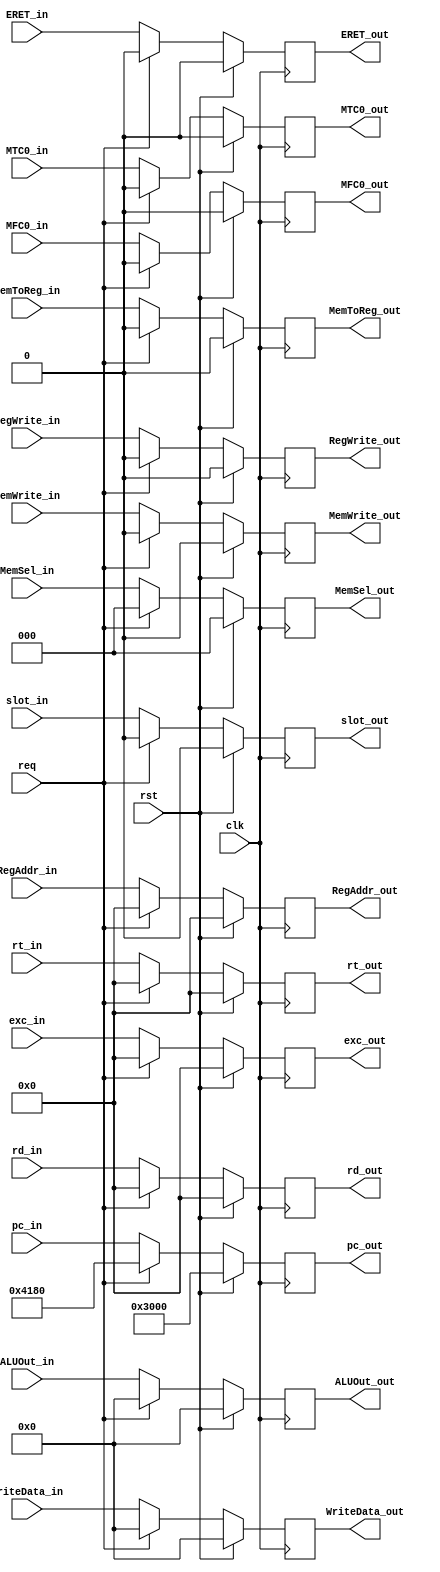
`timescale 1ns / 1ps

module StageM(
    input clk,
    input rst, // ! Sync reset
    input req,
    input RegWrite_in,
    input MemWrite_in,
    input MemToReg_in,
    input [31:0] ALUOut_in,
    input [31:0] WriteData_in,
    input [4:0] RegAddr_in,
    input [31:0] pc_in,
    input [4:0] rt_in,
    input [4:0] rd_in,
    input [2:0] MemSel_in,
    output reg [4:0] rt_out,
    output reg [4:0] rd_out,
    output reg RegWrite_out,
    output reg MemWrite_out,
    output reg MemToReg_out,
    output reg [31:0] ALUOut_out,
    output reg [31:0] WriteData_out,
    output reg [4:0] RegAddr_out,
    output reg [31:0] pc_out,
    output reg [2:0] MemSel_out,
    input MFC0_in,
    input MTC0_in,
    input ERET_in,
    input [4:0] exc_in,
    input slot_in,
    output reg MFC0_out,
    output reg MTC0_out,
    output reg ERET_out,
    output reg [4:0] exc_out,
    output reg slot_out
    );

    always@(posedge clk) begin
        if(rst) begin
            RegWrite_out <= 0;
            MemWrite_out <= 0;
            MemToReg_out <= 0;
            ALUOut_out <= 0;
            WriteData_out <= 0;
            RegAddr_out <= 0;
            pc_out <= 32'h0000_3000;
            rt_out <= 0;
            rd_out <= 0;
            MemSel_out <= 0;
            MFC0_out <= 0;
            MTC0_out <= 0;
            ERET_out <= 0;
            exc_out <= 0;
            slot_out <= 0;
        end else if(req) begin
            RegWrite_out <= 0;
            MemWrite_out <= 0;
            MemToReg_out <= 0;
            ALUOut_out <= 0;
            WriteData_out <= 0;
            RegAddr_out <= 0;
            pc_out <= 32'h0000_4180;
            rt_out <= 0;
            rd_out <= 0;
            MemSel_out <= 0;
            MFC0_out <= 0;
            MTC0_out <= 0;
            ERET_out <= 0;
            exc_out <= 0;
            slot_out <= 0;
        end else begin
            RegWrite_out <= RegWrite_in;
            MemWrite_out <= MemWrite_in;
            MemToReg_out <= MemToReg_in;
            ALUOut_out <= ALUOut_in;
            WriteData_out <= WriteData_in;
            RegAddr_out <= RegAddr_in;
            pc_out <= pc_in;
            rt_out <= rt_in;
            rd_out <= rd_in;
            MemSel_out <= MemSel_in;
            MFC0_out <= MFC0_in;
            MTC0_out <= MTC0_in;
            ERET_out <= ERET_in;
            exc_out <= exc_in;
            slot_out <= slot_in;
        end
    end

endmodule